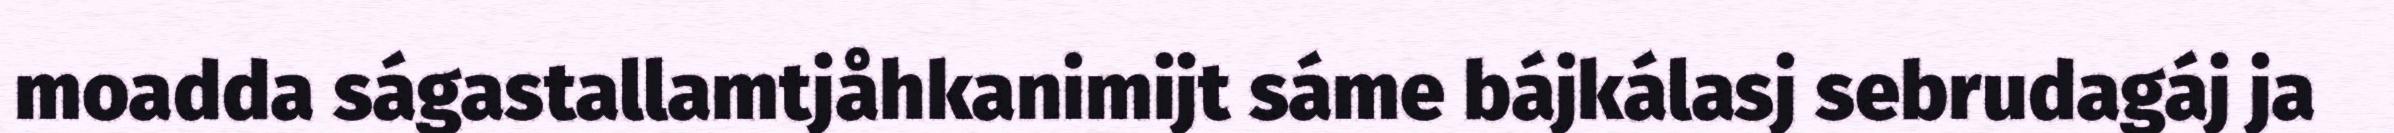
moadda ságastallamtjåhkanimijt sáme bájkálasj sebrudagáj ja